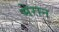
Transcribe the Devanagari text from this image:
मेरान